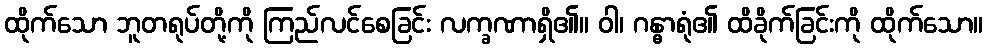
ထိုက်သော ဘူတရုပ်တို့ကို ကြည်လင်စေခြင်း လက္ခဏာရှိ၏။ ဝါ၊ ဂန္ဓာရုံ၏ ထိခိုက်ခြင်းကို ထိုက်သော။